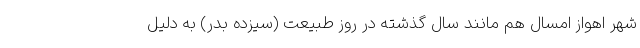
شهر اهواز امسال هم مانند سال گذشته در روز طبیعت (سیزده بدر) به دلیل